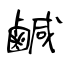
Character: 鹹